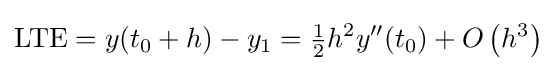
\mathrm {LTE} =y(t_{0}+h)-y_{1}={\tfrac {1}{2}}h^{2}y''(t_{0})+O\left(h^{3}\right)